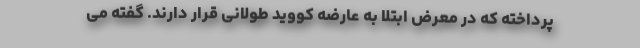
پرداخته که در معرض ابتلا به عارضه کووید طولانی قرار دارند. گفته می